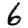
Digit: 6